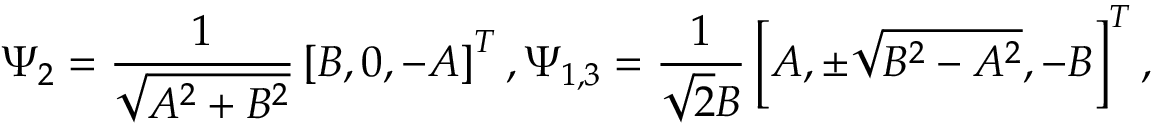
\Psi _ { 2 } = \frac { 1 } { \sqrt { A ^ { 2 } + B ^ { 2 } } } \left[ B , 0 , - A \right] ^ { T } , \Psi _ { 1 , 3 } = \frac { 1 } { \sqrt { 2 } B } \left[ A , \pm \sqrt { B ^ { 2 } - A ^ { 2 } } , - B \right] ^ { T } ,